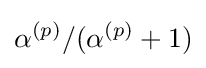
\alpha ^{(p)}/(\alpha ^{(p)}+1)